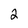
Character: 2